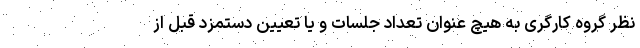
نظر گروه کارگری به هیچ عنوان تعداد جلسات و یا تعیین دستمزد قبل از